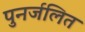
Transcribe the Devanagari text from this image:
पुनर्जलित